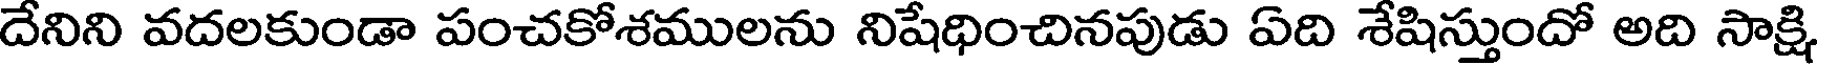
దేనిని వదలకుండా పంచకోశములను నిషేధించినపుడు ఏది శేషిస్తుందో అది సాక్షి